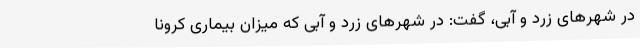
در شهرهای زرد و آبی، گفت: در شهرهای زرد و آبی که میزان بیماری کرونا